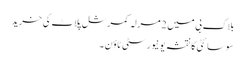
بلاک بی میں 2 مرلہ کمرشل پلاٹ کی خرید
سوسائٹی کا نقشہ یونیورسٹی ٹاؤن ۔